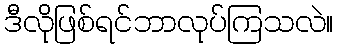
ဒီလိုဖြစ်ရင်ဘာလုပ်ကြသလဲ။